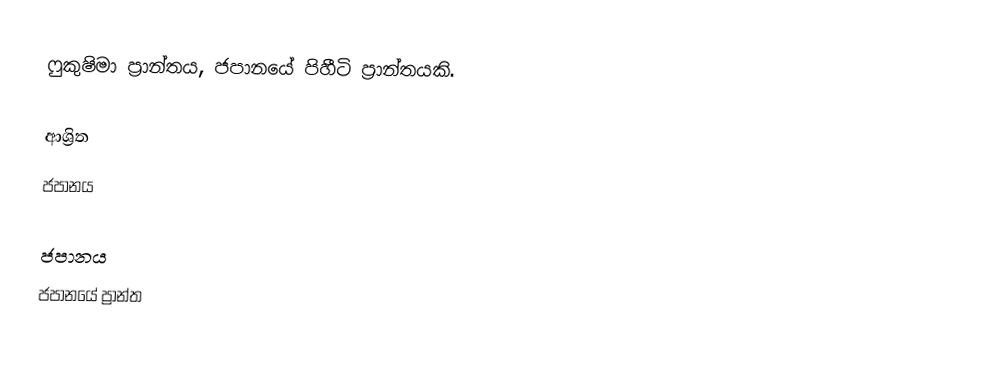
ෆුකුෂිමා ප්‍රාන්තය, ජපානයේ පිහීටි ප්‍රාන්තයකි.

ආශ්‍රිත
 ජපානය

ජපානය
ජපානයේ ප්‍රාන්ත